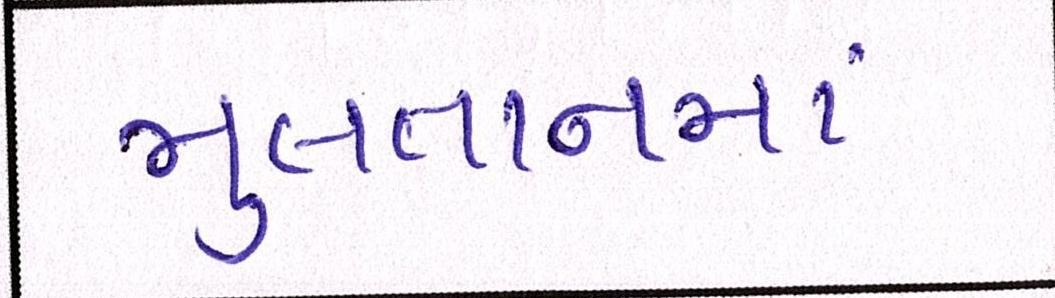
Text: મુલતાનમાં